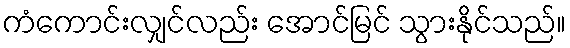
ကံကောင်းလျှင်လည်း အောင်မြင် သွားနိုင်သည်။